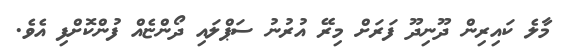
މާލެ ކައިރިން ދޫނިދޫ ފަރަށް މިރޭ އުރުނު ސަޕްލައި ދޯންޏެއް ފުންކޮށްފި އެވެ.